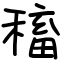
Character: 稸